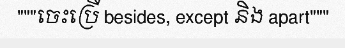
"""ចេះប្រើ besides, except និង apart"""